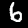
Label: 6